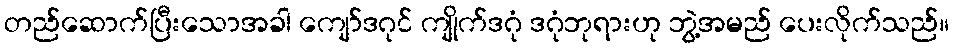
တည်ဆောက်ပြီးသောအခါ ကျော်ဒဂုင် ကျိုက်ဒဂုံ ဒဂုံဘုရားဟု ဘွဲ့အမည် ပေးလိုက်သည်။